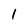
Character: 1